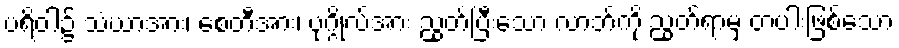
ပရိဝါ၌ သံဃာအား၊ စေတီအား၊ ပုဂ္ဂိုလ်အား ညွတ်ပြီးသော လာဘ်ကို ညွတ်ရာမှ တပါးဖြစ်သော